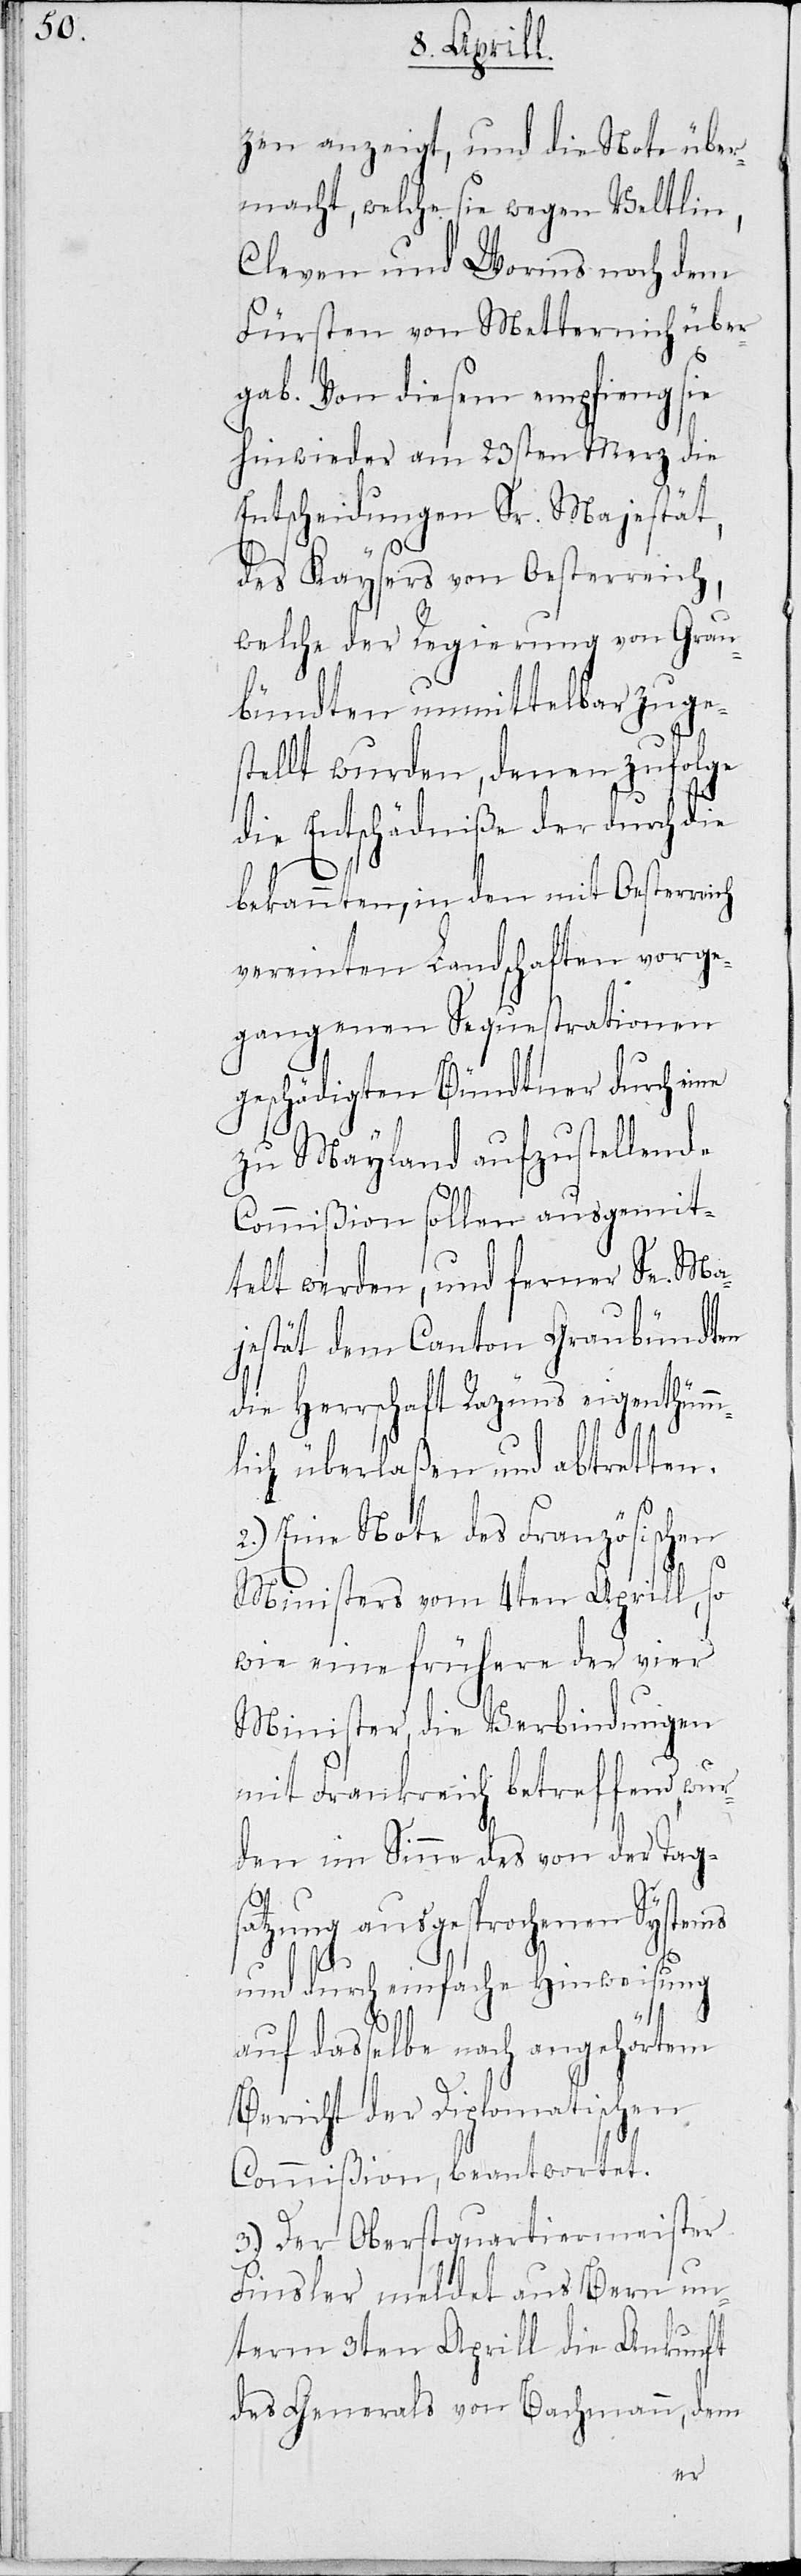
zen anzeigt, und die Note über¬
macht, welche sie wegen Veltlin,
Cleven und Worms noch dem
Fürsten von Metternich über¬
gab. Von diesem empfieng sie
hinwieder am 23sten Merz die
Entscheidungen Sr. Majestät,
des Kaysers von Oesterreich,
welche der Regierung von Grau¬
bündten unmittelbar zuge¬
stellt wurden, denen zufolge
die Entschädniße der durch die
bekannten, in den mit Oesterreich
vereinten Landschaften vorge¬
gangenen Sequestrationen
geschädigter Bündtner durch eine
zu Mayland aufzustellende
Commißion sollen ausgemit¬
telt werden, und ferner Se. Ma¬
jestät dem Canton Graubündten
die Herrschaft Razüns eigenthümm¬
lich überlaßen und abtretten.
2.) Eine Note des Französischen
Ministers vom 4ten Aprill, so
wie eine frühere der vier
Minister, die Verbindungen
mit Frankreich betreffend, wur¬
den im Sinne des von der Tags¬
atzung ausgesprochenen Systems
und durch einfache Hinweisung
auf dasselbe nach angehörtem
Bericht der Diplomatischen
Commißion, beantwortet.
3.) Der Oberstquartiermeister
Finsler meldet aus Bern un¬
term 3ten Aprill die Ankunft
des Generals von Bachmann, dem